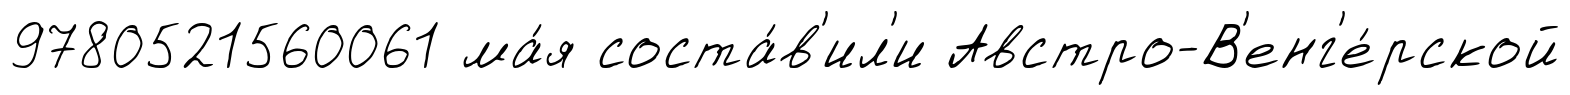
9780521560061 ма́я соста́в'ил'и Австро-В'енг'е́рской